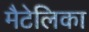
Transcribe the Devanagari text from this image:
मैटेलिका